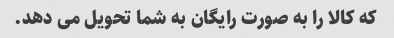
که کالا را به صورت رایگان به شما تحویل می دهد.